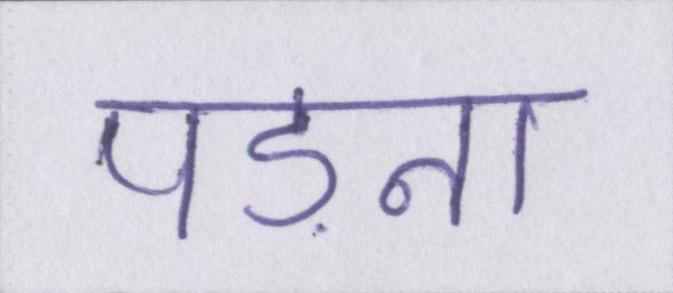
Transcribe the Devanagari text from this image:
पड़ना